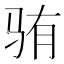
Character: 𬳼